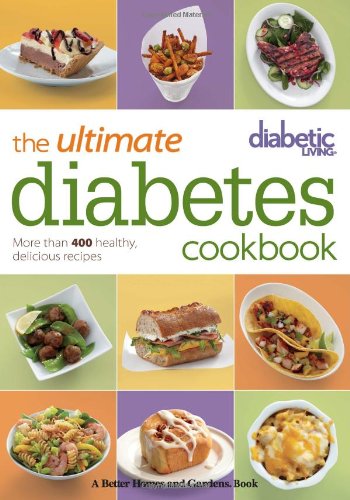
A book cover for Diabetic Living The Ultimate Diabetes Cookbook: More than 400 Healthy, Delicious Recipes; Diabetic Living Editors; Cookbooks, Food & Wine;